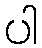
ပါ